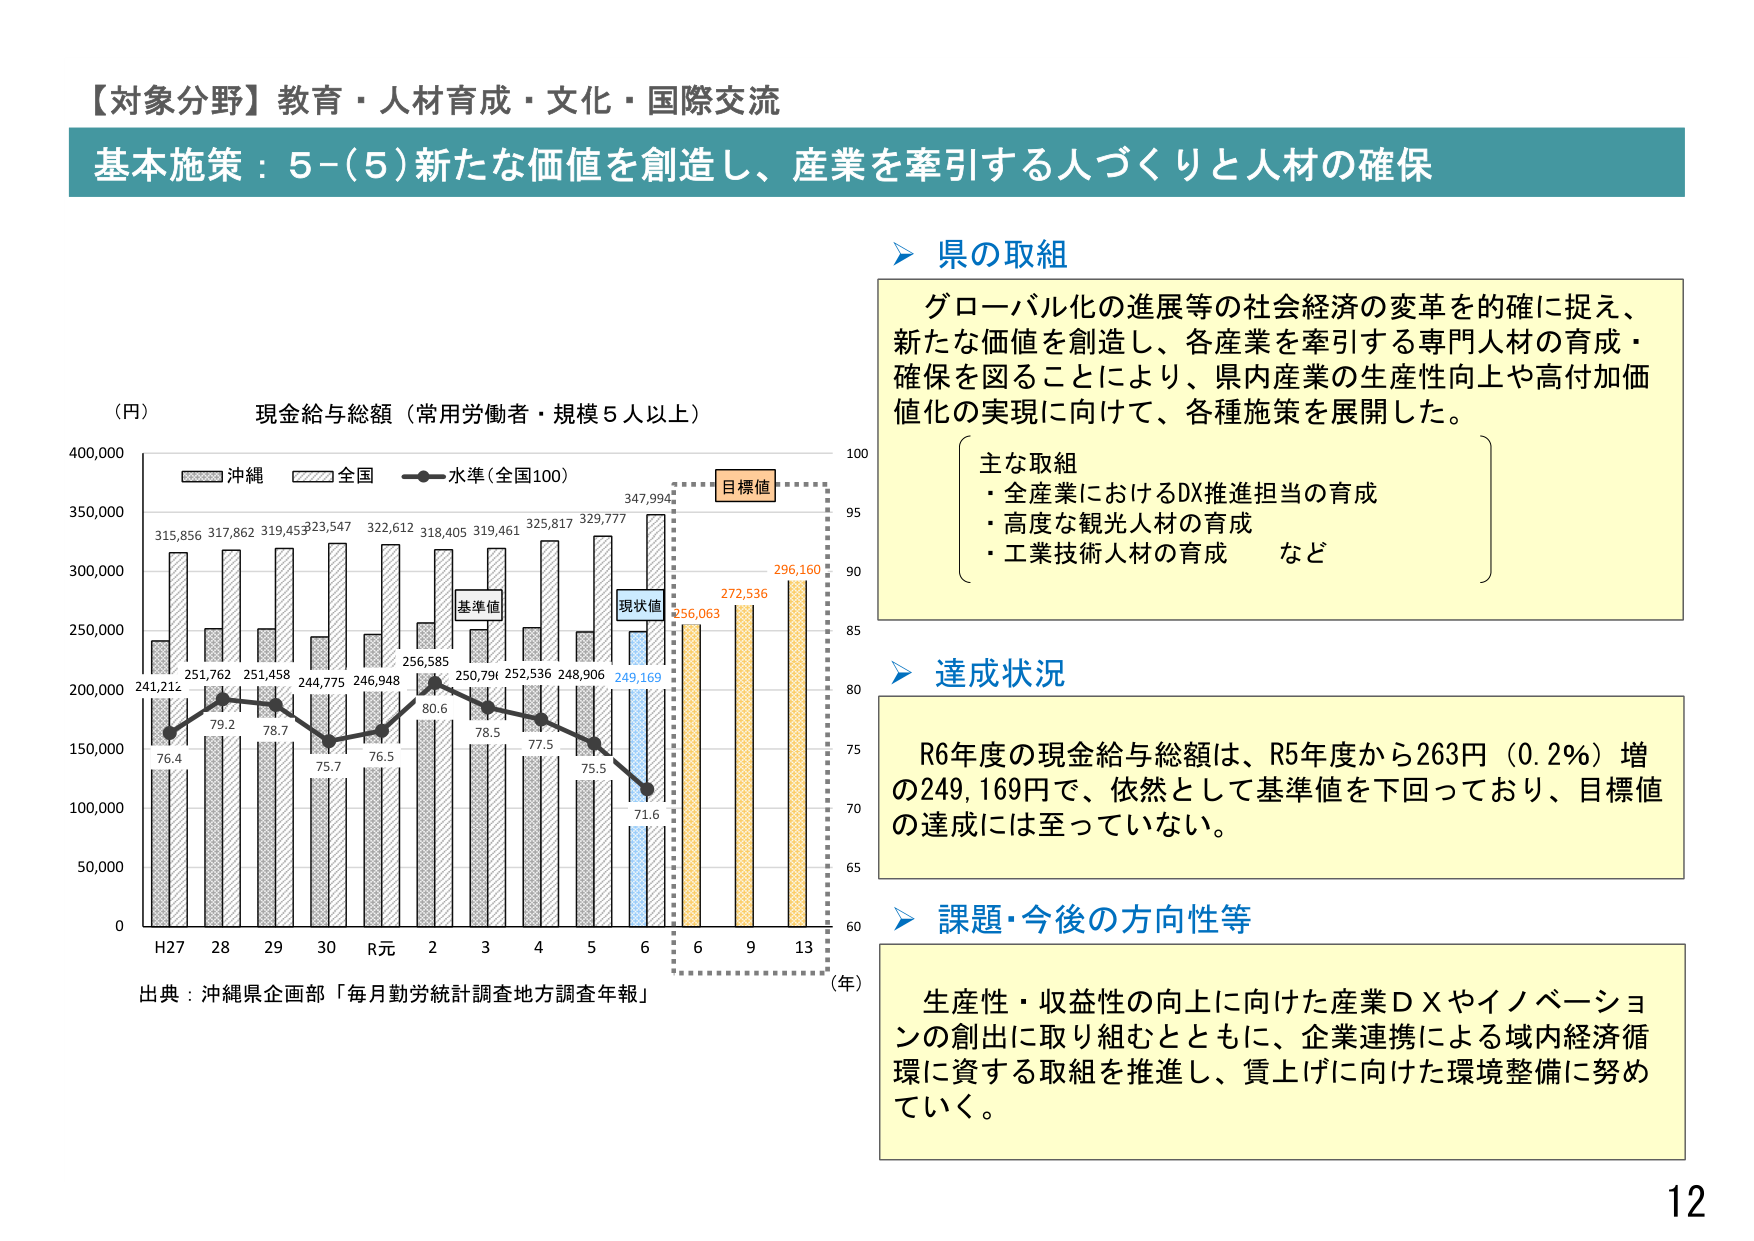
【対象分野】教育・人材育成・文化・国際交流
基本施策：5-(5)新たな価値を創造し、産業を牽引する人づくりと人材の確保

県の取組
グローバル化の進展等の社会経済の変革を的確に捉え、
新たな価値を創造し、各産業を牽引する専門人材の育成・
確保を図ることにより、県内産業の生産性向上や高付加価
値化の実現に向けて、各種施策を展開した。
　　主な取組
　　・全産業におけるDX推進担当の育成
　　・高度な観光人材の育成
　　・工業技術人材の育成　など

達成状況
R6年度の現金給与総額は、R5年度から263円（0.2％）増
の249,169円で、依然として基準値を下回っており、目標値
の達成には至っていない。

課題・今後の方向性等
生産性・収益性の向上に向けた産業ＤＸやイノベーションの創出に取り組むとともに、企業連携による域内経済循環に資する取組を推進し、賃上げに向けた環境整備に努めていく。

（円）
現金給与総額（常用労働者・規模5人以上）
沖縄　全国　水準（全国100）
315,856　317,862　319,453　323,547　322,612　318,405　319,461　325,817　329,777　347,994
241,212　251,762　251,458　244,775　246,948　256,585　250,791　252,536　248,906　249,169
76.4　79.2　78.7　75.7　76.5　80.6　78.5　77.5　75.5　71.6
256,063　272,536　296,160
基準値　現状値　目標値
H27　28　29　30　R元　2　3　4　5　6　6　9　13
（年）
出典：沖縄県企画部「毎月勤労統計調査地方調査年報」
12